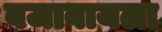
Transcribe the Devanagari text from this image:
बजावायला